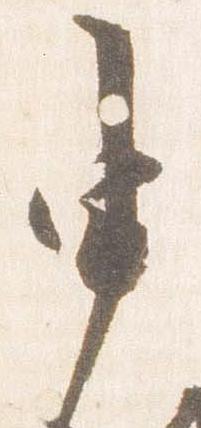
申